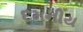
દમનીય